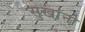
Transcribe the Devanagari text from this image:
सुखांनो